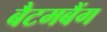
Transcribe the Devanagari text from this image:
बैटमबैंग